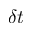
\delta t